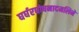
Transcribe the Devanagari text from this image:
घर्घरघोषनादमलिने